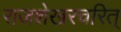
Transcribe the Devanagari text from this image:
राजशेखरचरित्